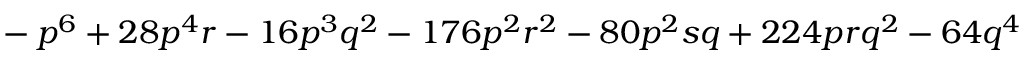
{ } - p ^ { 6 } + 2 8 p ^ { 4 } r - 1 6 p ^ { 3 } q ^ { 2 } - 1 7 6 p ^ { 2 } r ^ { 2 } - 8 0 p ^ { 2 } s q + 2 2 4 p r q ^ { 2 } - 6 4 q ^ { 4 }